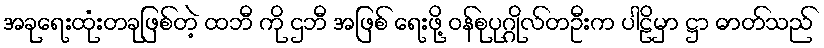
အခုရေးထုံးတခုဖြစ်တဲ့ ထဘီ ကို ဌဘီ အဖြစ် ရေးဖို့ ဝန်စုပုဂ္ဂိုလ်တဦးက ပါဠိမှာ ဋ္ဌာ ဓာတ်သည်